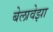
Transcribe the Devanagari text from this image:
बेलावेझा